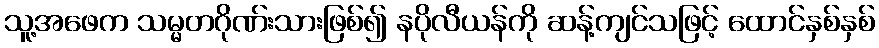
သူ့အဖေက သမ္မတဂိုဏ်းသားဖြစ်၍ နပိုလီယန်ကို ဆန့်ကျင်သဖြင့် ထောင်နှစ်နှစ်